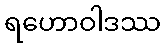
ရဟောဝါဒဿ